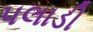
પલાડી